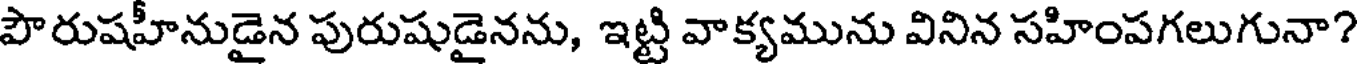
పౌరుషహీనుడైన పురుషుడైనను, ఇట్టి వాక్యమును వినిన సహింపగలుగునా?